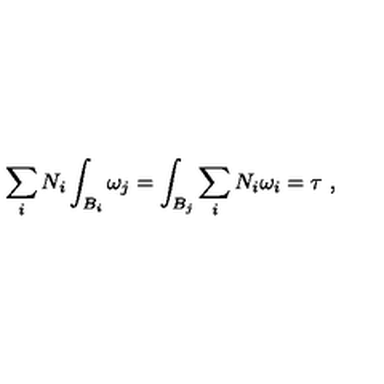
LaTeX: \sum _ { i } N _ { i } \int _ { B _ { i } } \omega _ { j } = \int _ { B _ { j } } \sum _ { i } N _ { i } \omega _ { i } = \tau \ ,